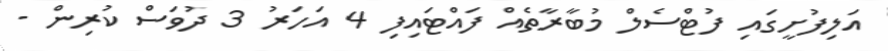
އަލިފުށީގައި ފުޓްސެލް މުބާރާތެއް ފައްޓައިފި 4 އަހަރު 3 ދުވަސް ކުރިން -